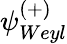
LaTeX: \psi_{Weyl}^{(+)}